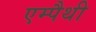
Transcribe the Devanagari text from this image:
एम्पैथी